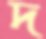
দ